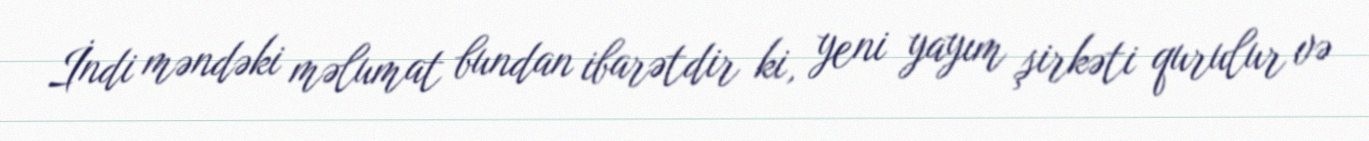
İndi məndəki məlumat bundan ibarətdir ki, yeni yayım şirkəti qurulur və